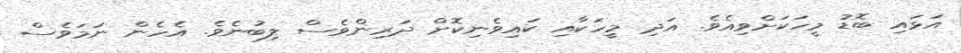
އަޅައި ބޮޑު މީހަކަށްވިއެވެ. އަދި މީހަކާއި ކައިވެނިކޮށް ދަރިންވެސް ލިބުނެވެ. އެހެން ނަމަވެސް